Rakvere_kinnistusamet, lk 17
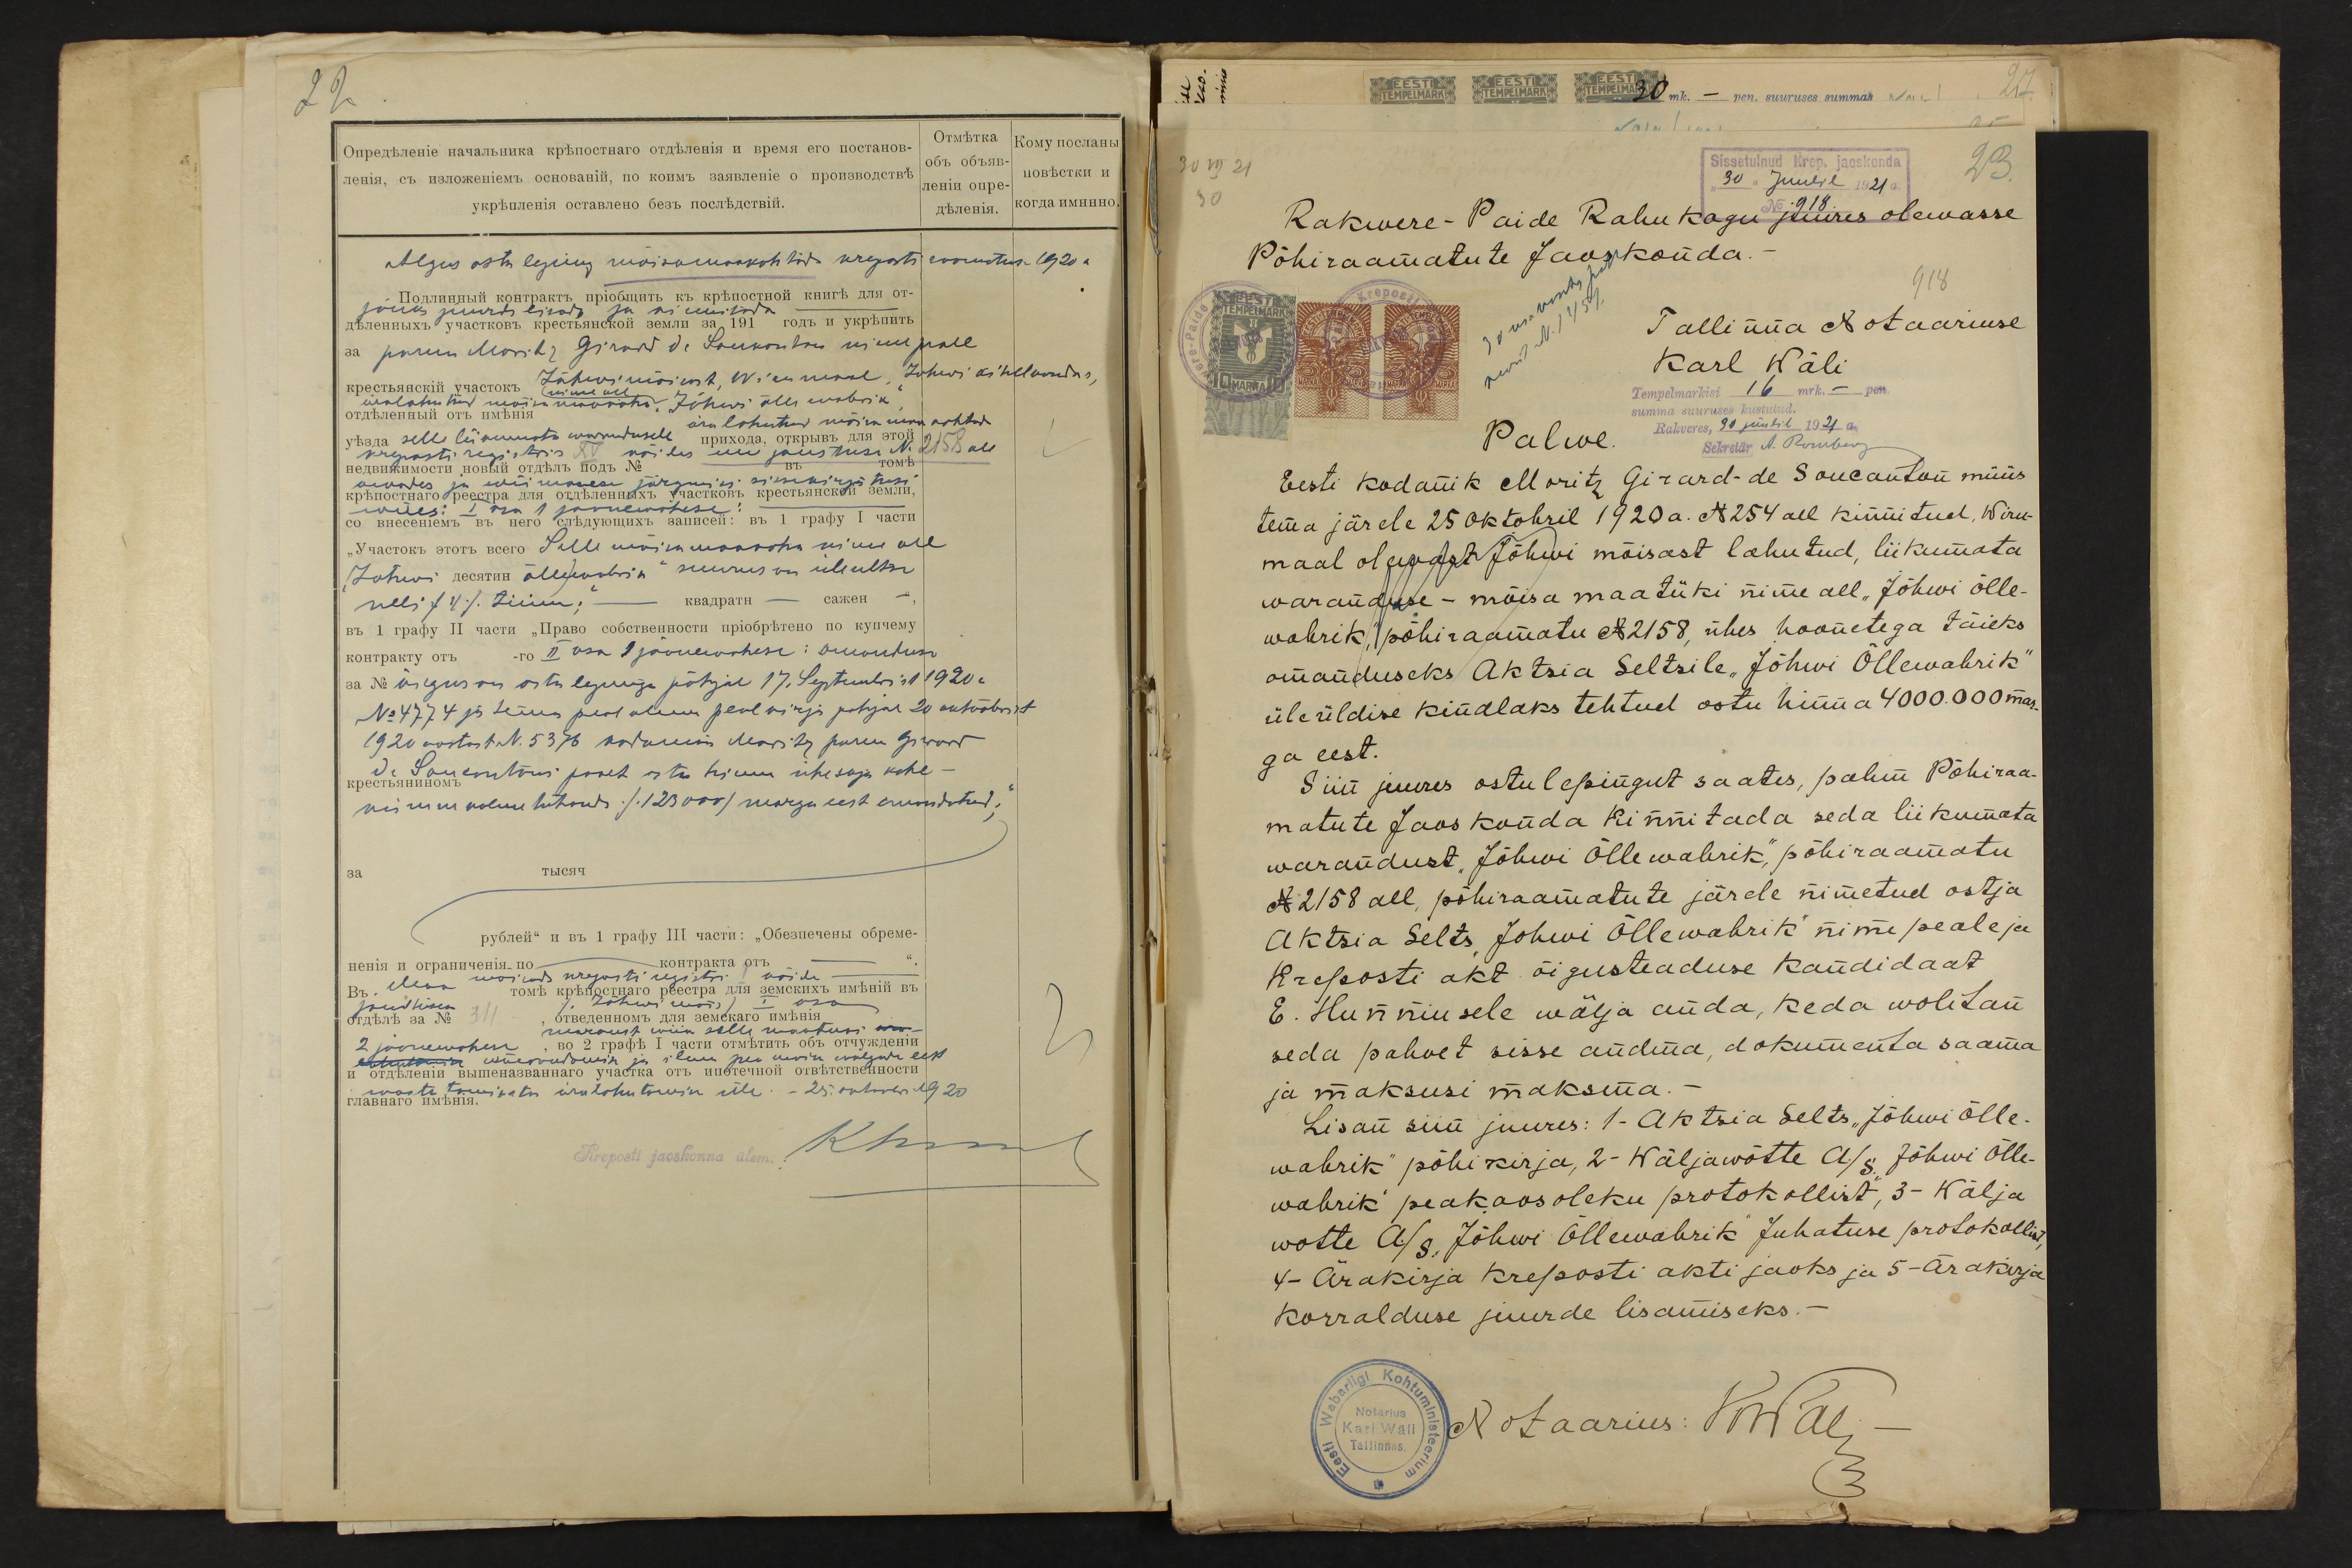
30 VII 21
Sissetulnud Krep. jaoskonda
30
"30" Juulil 1921 a.
Rakwere-Paide Rahukogu juures olewasse
Põhiraamatute Jaoskonda.-
918
Tallinna Notaariuse
Karl Wäli
Tempelmarkisi 16 mrk. - pen.
summa suuruses kustutud
Rakveres, 30 juunil 1921 a.
Palve.
Eesti kodanik Moritz Girard-de Soucanton müüs
tema järele 25 oktobril 1920 a. N 254 all kinnitud, Wiru-
maal olewast Jõhwi mõisast lahutud, liikumata
waranduse – mõisa maatüki nime all "Jõhwi õlle-
wabrik põhiraamatu N 2158 ühes hoonetega täieks
omanduseks Aktsia Seltsile "Jõhwi Õllewabrik"
üleüldise kindlaks tehtud ostu hinna 4000.000 mar-
ga eest.
Siin juures ostulepingut saates, palun Põhiraa-
matute Jaos konda kinnitada seda liikumata
warandust "Jõhwi Õllewabrik", põhiraamatu
N 2158 all, põhiraamatute järele nimetud ostja
Aktsia Selts Johwi Õllewabrik" nime peale ja
Kreposti akt õigusteaduse kandidaat
E. Hunniusele wälja anda, keda wolitan
seda palwet sisse andma, dokumenta saama
ja maksusi maksma.
Lisan siin juures: 1- Aktsia Selts "Jõhwi õlle-
wabrik" põhi kirja, 2- Wäljawõtte A/S Jõhwi Õlle-
wabrik peakoosoleku protokollist, 3- Wälja
wotte A/S Jõhwi Õllewabrik Juhatuse protokollist
4- Ärakirja Kreposti akti jaoks ja 5- Ärakirja
korralduse juurde lisamiseks.
Notaarius: Wal.